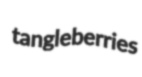
tangleberries